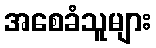
အစေခံသူများ